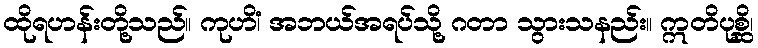
ထိုရဟန်းတို့သည်။ ကုဟိံ၊ အဘယ်အရပ်သို့ ဂတာ သွားသနည်း။ ဣတိပုစ္ဆိ၊